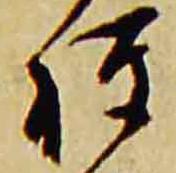
権